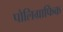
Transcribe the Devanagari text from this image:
पोलिग्राफिक